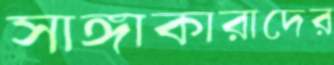
সাঙ্গাকারাদের